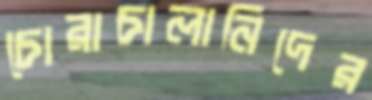
চোরাচালানিদের